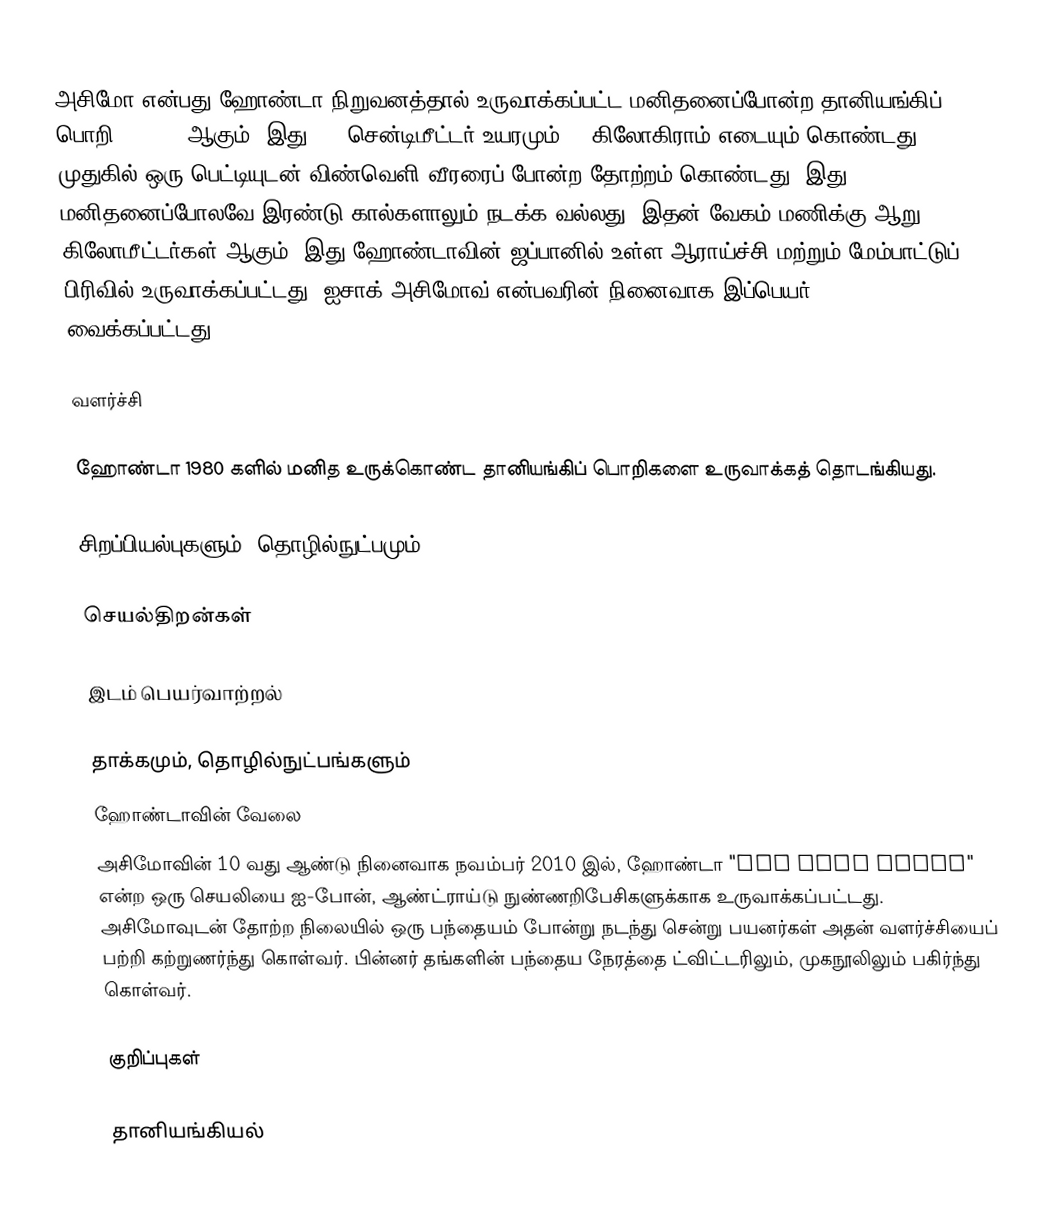
அசிமோ என்பது ஹோண்டா நிறுவனத்தால் உருவாக்கப்பட்ட மனிதனைப்போன்ற தானியங்கிப் பொறி (Robot) ஆகும். இது 130 சென்டிமீட்டர் உயரமும் 54 கிலோகிராம் எடையும் கொண்டது. முதுகில் ஒரு பெட்டியுடன் விண்வெளி வீரரைப் போன்ற தோற்றம் கொண்டது. இது மனிதனைப்போலவே இரண்டு கால்களாலும் நடக்க வல்லது. இதன் வேகம் மணிக்கு ஆறு கிலோமீட்டர்கள் ஆகும். இது ஹோண்டாவின் ஜப்பானில் உள்ள ஆராய்ச்சி மற்றும் மேம்பாட்டுப் பிரிவில் உருவாக்கப்பட்டது. ஐசாக் அசிமோவ் என்பவரின் நினைவாக இப்பெயர் வைக்கப்பட்டது.

வளர்ச்சி

ஹோண்டா 1980 களில் மனித உருக்கொண்ட தானியங்கிப் பொறிகளை உருவாக்கத் தொடங்கியது.

சிறப்பியல்புகளும், தொழில்நுட்பமும்

செயல்திறன்கள்

இடம் பெயர்வாற்றல்

தாக்கமும், தொழில்நுட்பங்களும்
ஹோண்டாவின் வேலை
அசிமோவின் 10 வது ஆண்டு நினைவாக நவம்பர் 2010 இல், ஹோண்டா "Run with ASIMO" என்ற ஒரு செயலியை ஐ-போன், ஆண்ட்ராய்டு நுண்ணறிபேசிகளுக்காக உருவாக்கப்பட்டது. அசிமோவுடன் தோற்ற நிலையில் ஒரு பந்தையம் போன்று நடந்து சென்று பயனர்கள் அதன் வளர்ச்சியைப் பற்றி கற்றுணர்ந்து கொள்வர். பின்னர் தங்களின் பந்தைய நேரத்தை ட்விட்டரிலும், முகநூலிலும் பகிர்ந்து கொள்வர்.

குறிப்புகள்

தானியங்கியல்